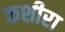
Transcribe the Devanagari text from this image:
कशीरा